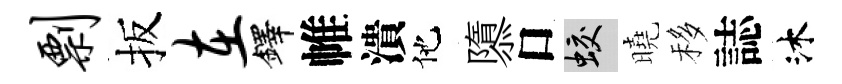
剽扳在鐸帷潰他隳口蛟曉移誌沐